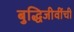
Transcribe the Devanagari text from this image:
बुद्धिजीवींची